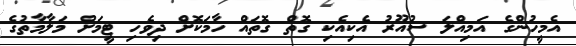
އެމީހުންގެ އަމިއްލަ ސުއޫރު އެކިއެކި ގޮތް ގޮތައް ހާމަކޮށް ދިވެހި ޓީމަށް މަލާމާތުގެ